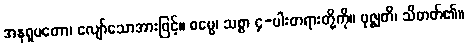
အနုရူပတော၊ လျော်သောအားဖြင့်။ ဓမ္မေ၊ သစ္စာ ၄-ပါးတရားတို့ကို။ ဗုဇ္ဈတိ၊ သိတတ်၏။